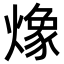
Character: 𭶆